Report of the King Institute of Preventive Medicine, Guindy
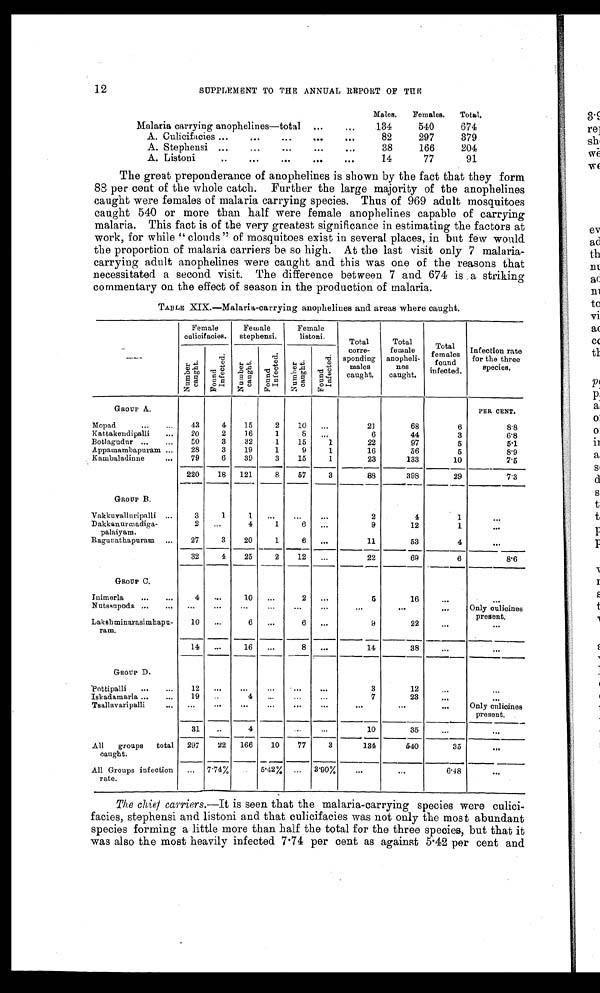
12
SUPPLEMENT TO THE ANNUAL REPORT OF THE
Males,
Females.
Total.
Malaria carrying anophelines—total ...
...
134
540
674
A. Culicifacies ...
...
...
...
. . .
82
297
379
A. Stephensi ...
...
...
...
. . .
38
166
204
A. Listoni
..
...
...
...
. . .
14
77
91
The great preponderance of anophelines is shown by the fact that they form
88 per cent of the whole catch. Further the large majority of the anophelines
caught were females of malaria carrying species. Thus of 969 adult mosquitoes
caught 540 or more than half were female anophelines capable of carrying
malaria. This fact is of the very greatest significance in estimating the factors at
work, for while "clouds" of mosquitoes exist in several places, in but few would
the proportion of malaria carriers be so high. At the last visit only 7 malaria
-carrying adult anophelines were caught and this was one of the reasons that
necessitated a second visit. The difference between 7 and 674 is a striking
commentary on the effect of season in the production of malaria.
TABLE XIX.—Malaria-carrying anophelines and areas where caught.
Female
culicifacies.
Female
stephensi.
Female
listoni.
Total
corre-
sponding
males
caught.
Total
female
anopheli-
n e s
caught.
Total
females
found
infected.
Infection rate
for the three
species.
N u m b e r
c a u g h t .
F o u n d
I n f e c t e d .
N u m b e r
c a u g h t .
F o u n d
I n f e c t e d
N u m b e r
c a u g h t .
F o u n t
I n f e c t e d .
GROUP A.
PER CENT.
Mopad
...
...
43
4
15
2
10
...
21
68
6
8.8
Kattakendipalli
...
20
2
16
1
8
. . .
6
44
3
6.8
Botlagudnr ...
...
50
3
32
1
15
1
22
97
5
5.1
Appamambapuram ...
28
3
19
1
9
1
16
56
5
8.9
Kambaladinne
...
79
6
39
3
15
1
23
133
10
7.5
220
18 121
8
57
3
88
398
29
7 . 3
GROUP B.
Vakkuvalluripalli ...
3
1
1
. . .
. .
. . .
2
4
1
. . .
Dakkanurmadiga-
palaiyam.
2
. . .
4
1
6
...
9
12
1
. . .
Ragunathapuram ...
27
3
20
1
6
. . .
11
53
4
. . .
32
4
25
2
12
...
22
69
6
8.6
GROUP C.
Inimerla
...
...
4
...
10
...
2
...
5
16
...
. . .
Nutssupoda ...
...
...
...
...
...
...
...
...
. . .
. . .
Only oulicines
present.
Lakshminarasimhapu-
ram.
10
...
6
...
6
...
9
22
. . .
. . .
14
...
16
...
8
...
14
38
. . .
. . .
GROUP D.
Pottipalli
...
...
12
...
...
...
...
...
3
12
. . .
. . .
Iskadamarla..
...
19
. . .
4
. . .
. . .
. . .
7
23
. . .
. . .
Tsallavaripalli
... ...
. . .
. . .
. . .
. . .
. . .
. . .
. . .
. . . Only culicines
present.
31
..
4
. . .
. . .
10
35
. . .
. . .
All
groups total
caught.
297
22 166
10
77
3
134
540
35
. . .
All Groups infection
rate.
. . .
7.74%
. . .
5.42%
. . .
3.90%
...
. . .
6.48
. . .
The chief carriers. —It is seen that the malaria-carrying species were culici
-facies, stephensi and listoni and that culicifacies was not only the most abundant
species forming a little more than half the total for the three species, but that it
was also the most heavily infected 7.74 per cent as against 5.42 per cent and